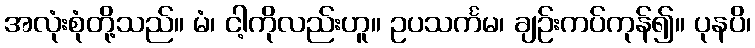
အလုံးစုံတို့သည်။ မံ၊ ငါ့ကိုလည်းဟူ။ ဥပသင်္ကမ၊ ချဉ်းကပ်ကုန်၍။ ပုနပိ၊